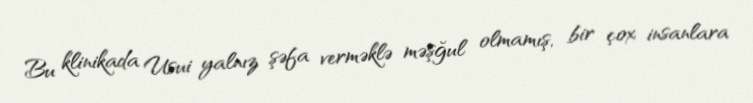
Bu klinikada Usui yalnız şəfa verməklə məşğul olmamış, bir çox insanlara